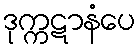
ဒုက္ကဋာနံပေ